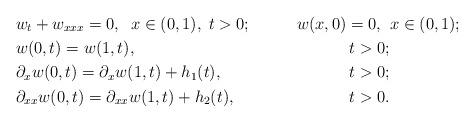
LaTeX: \begin{align*}&w_t+w_{xxx}=0,\;\; x\in(0,1), \;t>0; &w(x,0)=0,\;\;&x\in(0,1);\\&w(0,t)=w(1,t), \quad& t>0;&\\& \partial_xw(0,t)=\partial_xw(1,t)+h_1(t), \quad& t>0;&\\& \partial_{xx}w(0,t)=\partial_{xx}w(1,t)+h_2(t), &t>0.&\end{align*}